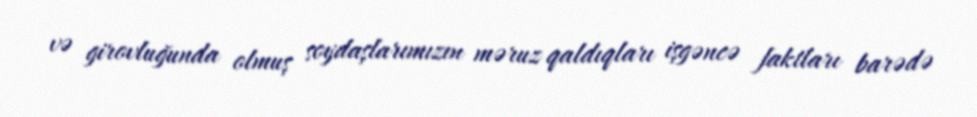
və girovluğunda olmuş soydaşlarımızın məruz qaldıqları işgəncə faktları barədə